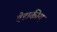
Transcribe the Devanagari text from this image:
वेद्यकीय